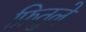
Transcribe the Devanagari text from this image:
फ्रितुले